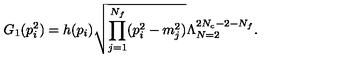
G _ { 1 } ( p _ { i } ^ { 2 } ) = h ( p _ { i } ) \sqrt { \prod _ { j = 1 } ^ { N _ { f } } ( p _ { i } ^ { 2 } - m _ { j } ^ { 2 } ) } \Lambda _ { N = 2 } ^ { 2 N _ { c } - 2 - N _ { f } } .